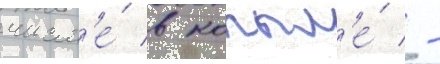
числ'е́ в копыл'е́ -